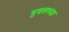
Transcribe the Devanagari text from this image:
मुघलच्या